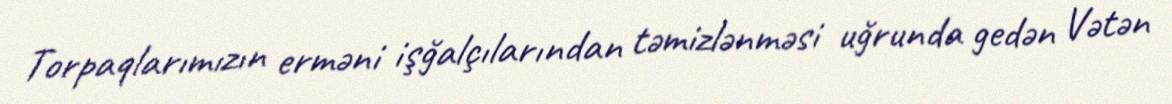
Torpaqlarımızın erməni işğalçılarından təmizlənməsi uğrunda gedən Vətən